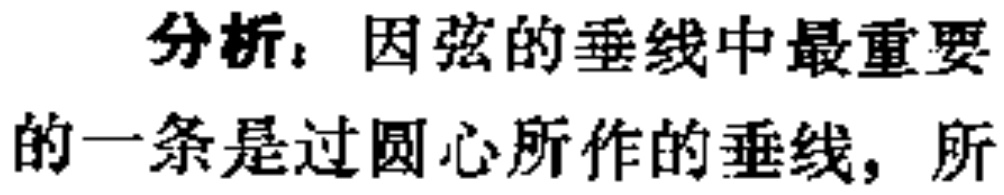
分析：因弦的垂线中最重要的一条是过圆心所作的垂线，所